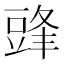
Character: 𮙔